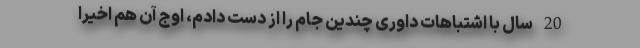
20 سال با اشتباهات داوری چندین جام را از دست دادم، اوج آن هم اخیرا